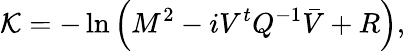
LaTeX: {\cal K}=-\ln\left(M^{2}-iV^{t}{Q}^{-1}\bar{V}+R\right),